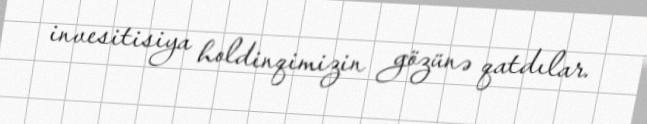
invesitisiya holdinqimizin gözünə qatdılar.